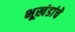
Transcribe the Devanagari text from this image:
भूखंडांचे